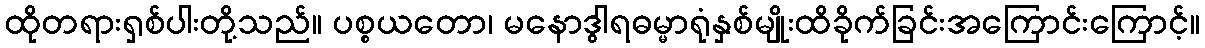
ထိုတရားရှစ်ပါးတို့သည်။ ပစ္စယတော၊ မနောဒွါရဓမ္မာရုံနှစ်မျိုးထိခိုက်ခြင်းအကြောင်းကြောင့်။